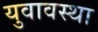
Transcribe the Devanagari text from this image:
युवावस्‍था